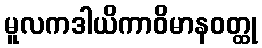
မူလကဒါယိကာဝိမာနဝတ္ထု